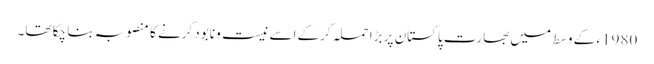
1980ء کے وسط میں بھارت پاکستان پر بڑا حملہ کرکے اسے نیست و نابود کرنے کا منصوبہ بنا چکا تھا۔